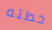
خطته